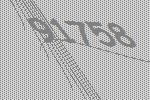
91758